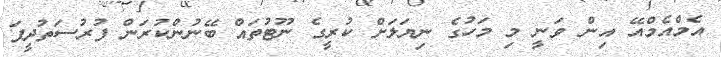
އެމްއެމްއޭ އިން ވަނީ މި މަހުގެ ނިޔަލަށް ކުރީގެ ނޫޓުތައް ބޭނުންކުރަން ފުރުސަތުދީފަ